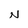
Character: N